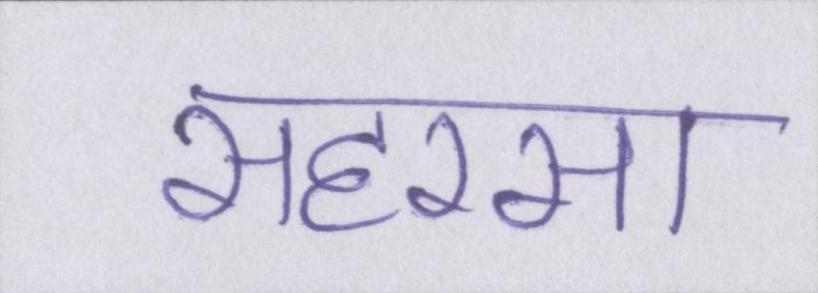
सहरसा